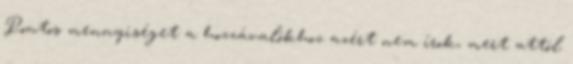
Pontos mennyiséget a hozzávalókhoz azért nem írok, mert attól